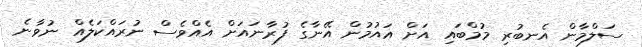
ސަލްމާން އެނބުރި މުމްބައި އަށް އައުމުން އޭނާގެ ފުރާނައަށް އެއްވެސް ނުރައްކަލެއް ނުވާނެ